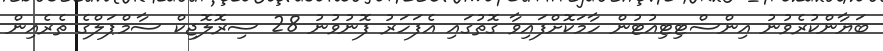
ބަޔާންކުރެވުނު އިންސްޓިޓިއުޓުން ހާމަކޮށްފައިވާ ގޮތުގައި އެފަހަރު ފޮނުވުނު 28 ސިރޮލޮޖިކް ސާމްޕަލްގެ ތެރެއިން